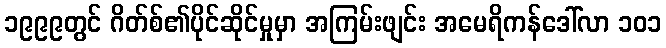
၁၉၉၉တွင် ဂိတ်စ်၏ပိုင်ဆိုင်မှုမှာ အကြမ်းဖျင်း အမေရိကန်ဒေါ်လာ ၁၀၁